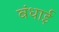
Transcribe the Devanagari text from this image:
बंधाई